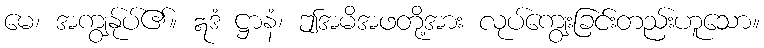
မေ၊ အကျွန်ုပ်၏။ ဣဒံ ဋ္ဌာနံ၊ ဤအမိအဖတို့အား လုပ်ကျွေးခြင်းတည်းဟူသော။